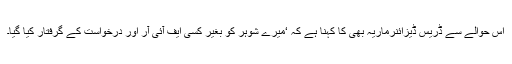
اس حوالے سے ڈریس ڈیزائنرماریہ بھی کا کہنا ہے کہ ‘میرے شوہر کو بغیر کسی ایف آئی آر اور درخواست کے گرفتار کیا گیا۔